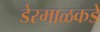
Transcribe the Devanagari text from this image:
डेरमाळकडे